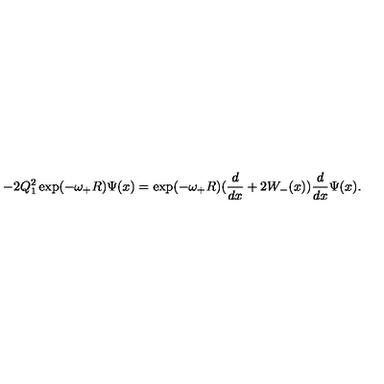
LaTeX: - 2 Q _ { 1 } ^ { 2 } \exp ( - \omega _ { + } R ) \Psi ( x ) = \exp ( - \omega _ { + } R ) ( \frac { d } { d x } + 2 W _ { - } ( x ) ) \frac { d } { d x } \Psi ( x ) .